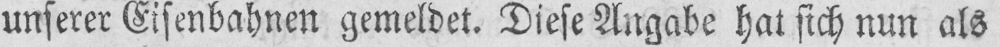
unserer Eisenbahnen gemeldet. Diese Angabe hat sich nun als